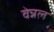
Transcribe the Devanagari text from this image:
वेन्नल